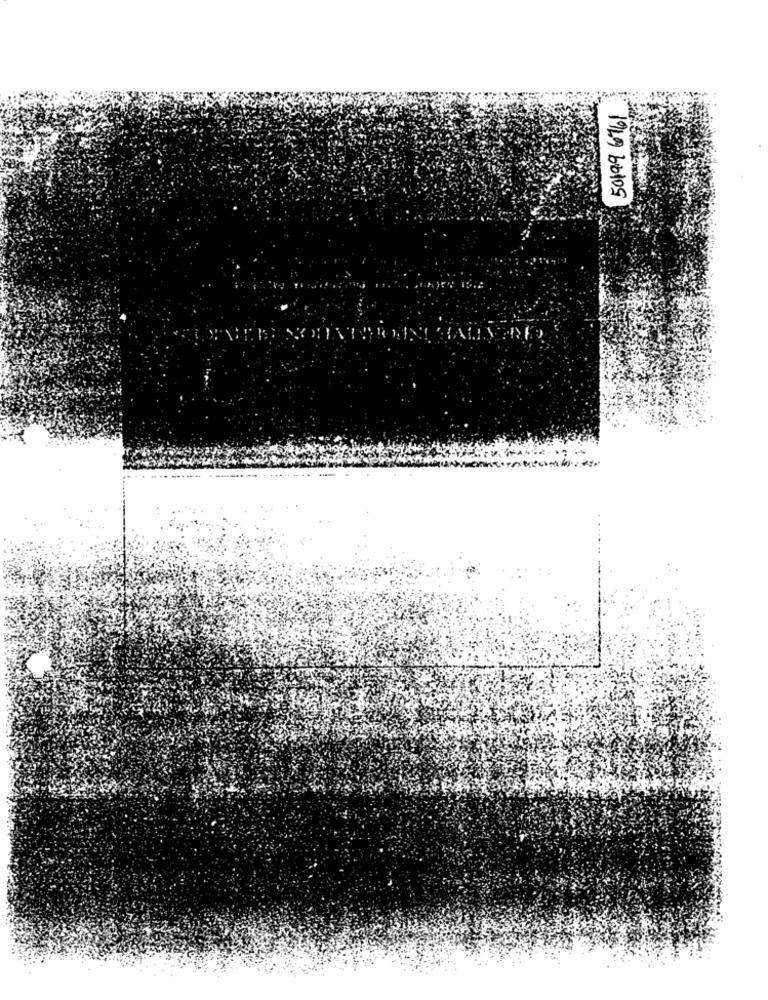
50199 6761